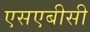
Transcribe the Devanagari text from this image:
एसएबीसी